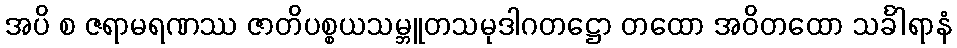
အပိ စ ဇရာမရဏဿ ဇာတိပစ္စယသမ္ဘူတသမုဒါဂတဋ္ဌော တထော အဝိတထော သင်္ခါရာနံ